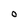
Character: O